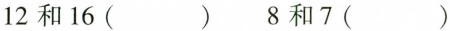
12和16（） 8和7（）